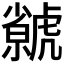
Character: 𧈅